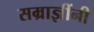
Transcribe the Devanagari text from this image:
सम्राज्ञींनी